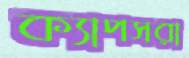
ক্যাপসরা